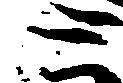
と